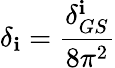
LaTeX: \delta_{\mathbf{i}}=\frac{{\delta_{GS}^{\mathbf{i}}}}{{8\pi^{2}}}